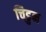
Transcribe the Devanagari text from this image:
चिडुन